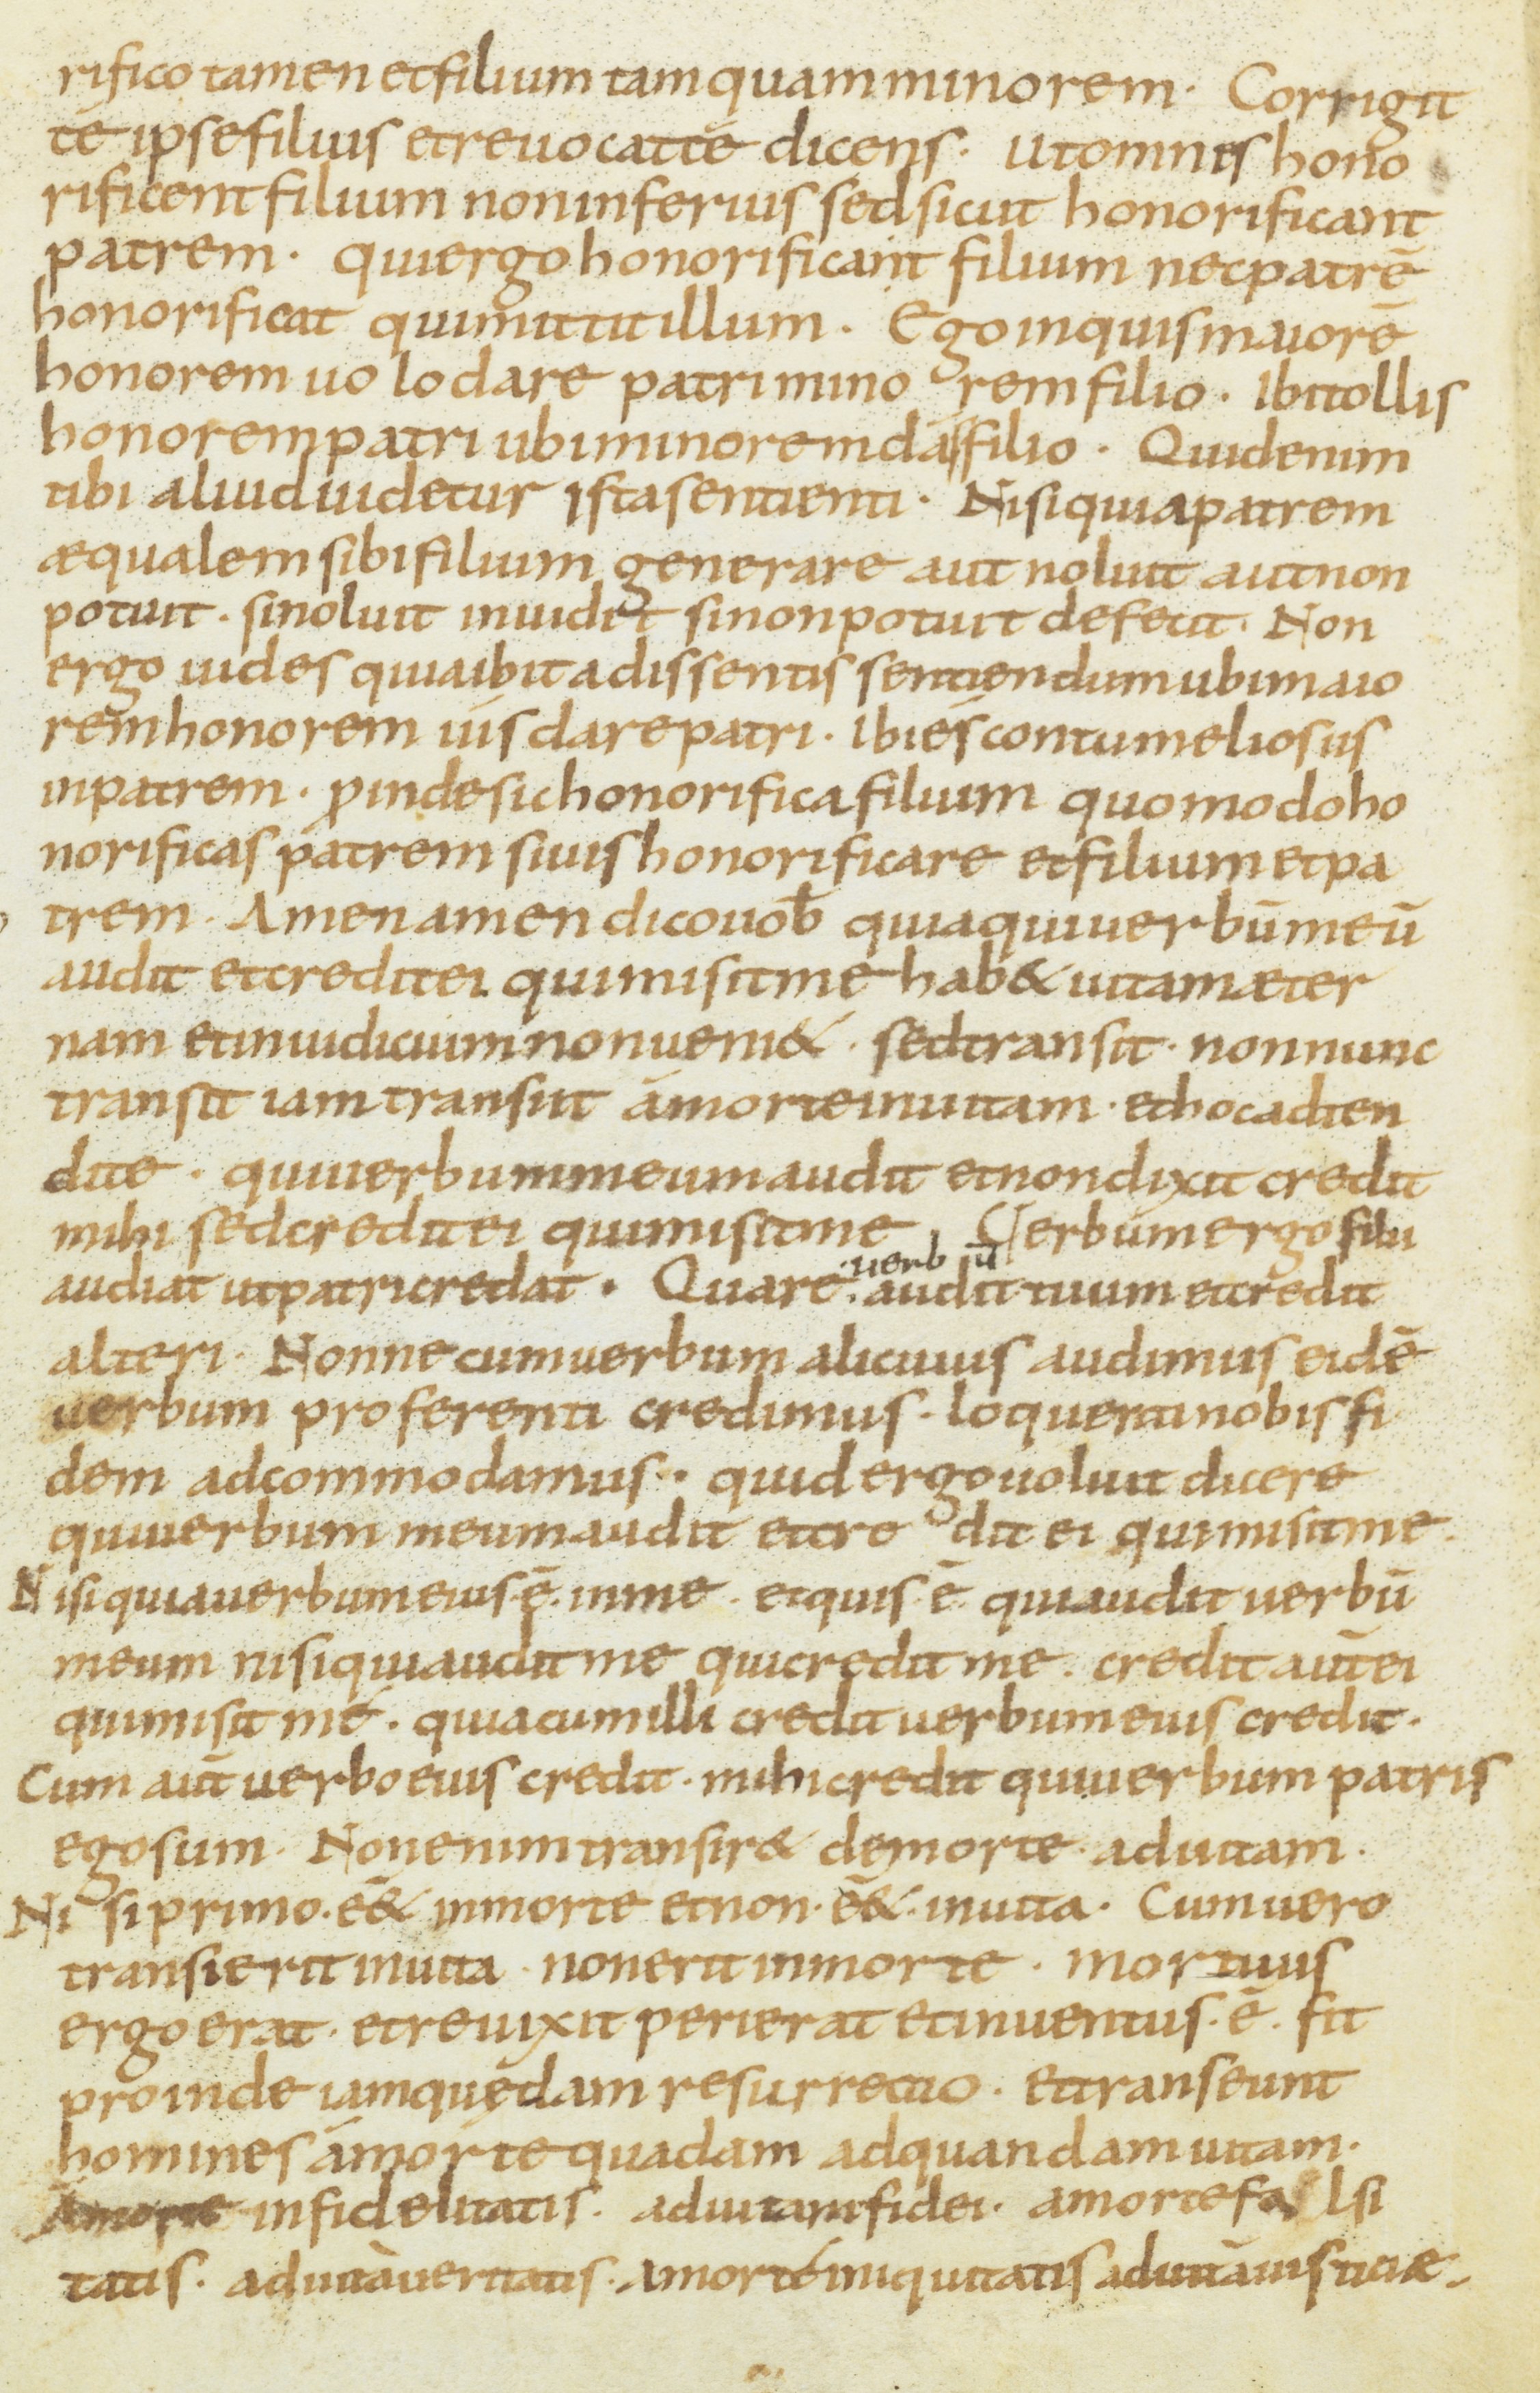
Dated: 800–899